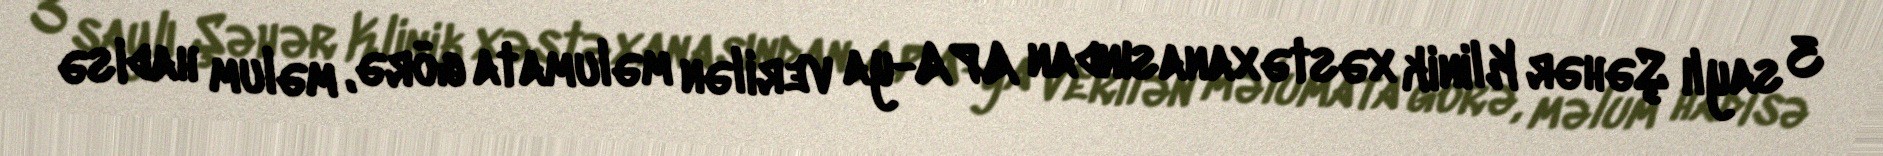
3 saylı Şəhər Klinik xəstəxanasından APA-ya verilən məlumata görə, məlum hadisə